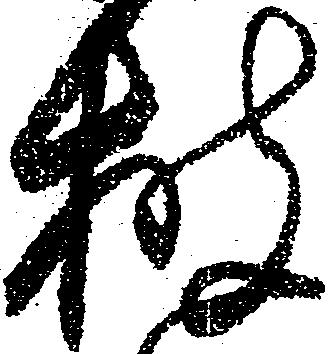
披